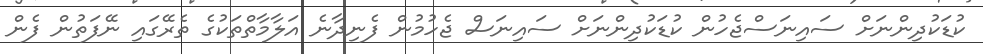
ކުޑަކުދިންނަށް ސައިނަސްޖެހުން ކުޑަކުދިންނަށް ސައިނަސް ޖެހުމުން ފެނިދާނެ އަލާމާތްތަކުގެ ތެރޭގައި ނޭފަތުން ފެން